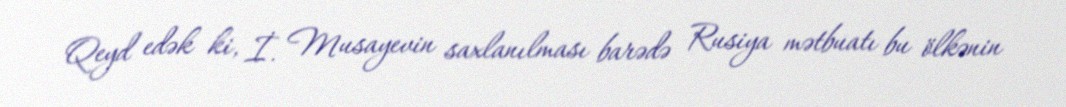
Qeyd edək ki, İ. Musayevin saxlanılması barədə Rusiya mətbuatı bu ölkənin